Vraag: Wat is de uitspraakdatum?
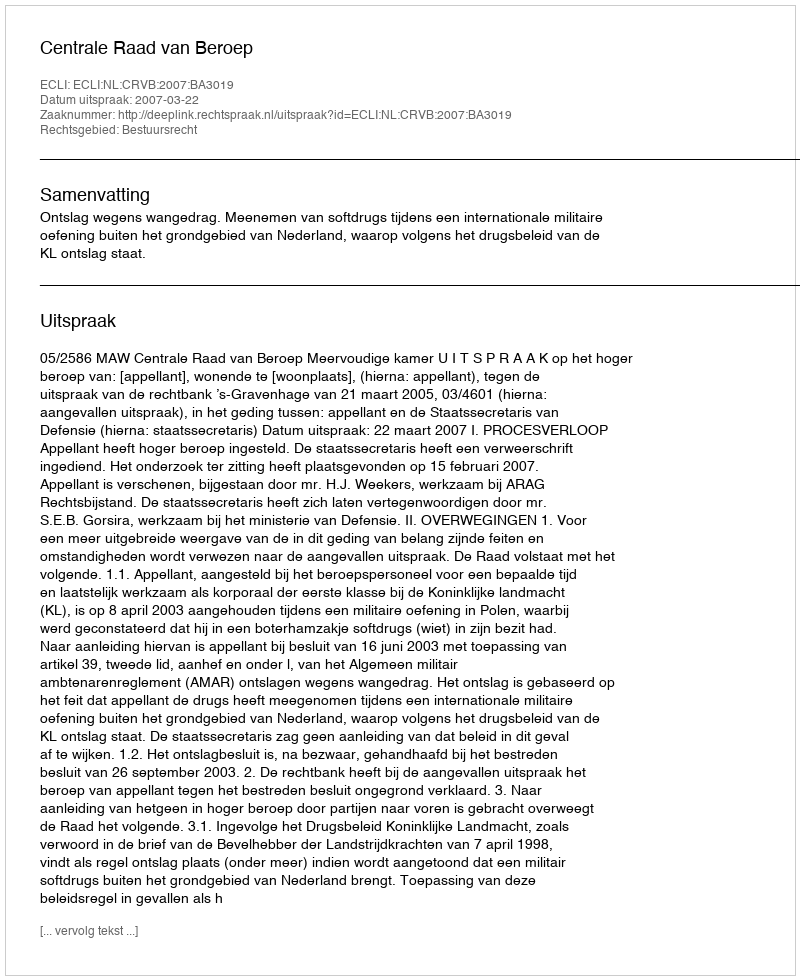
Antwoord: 2007-03-22